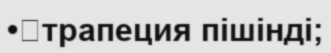
•	трапеция пішінді;